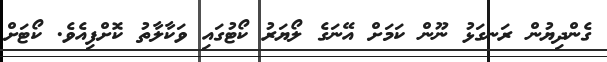
ގެންދިޔުން ރަނގަޅު ނޫން ކަމަށް އޭނަގެ ލޯޔަރު ކޯޓުގައި ވަކާލާތު ކޮށްފިއެވެ. ކޯޓަށް